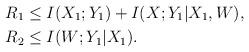
LaTeX: \begin{align*} R_1 &\le I(X_1;Y_1) + I(X;Y_1|X_1,W),\\ R_2 &\le I(W;Y_1|X_1). \end{align*}